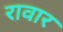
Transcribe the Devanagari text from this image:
रावार